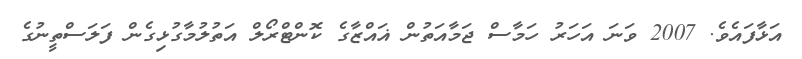
އަޅާފައެވެ. 2007 ވަނަ އަހަރު ހަމާސް ޖަމާއަތުން ޣައްޒާގެ ކޮންޓްރޯލް އަތުލުމާގުޅިގެން ފަލަސްތީނުގެ